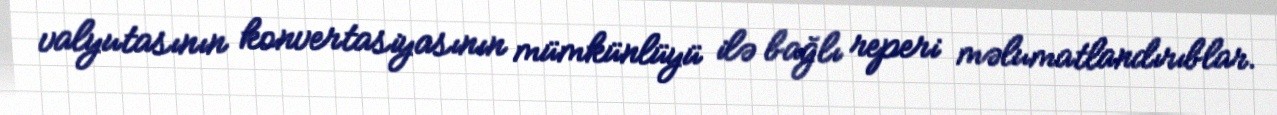
valyutasının konvertasiyasının mümkünlüyü ilə bağlı reperi məlumatlandırıblar.